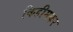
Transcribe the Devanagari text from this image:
किहीमकर